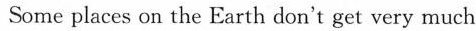
Some places on the Earth don't get very much